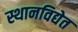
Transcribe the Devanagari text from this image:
स्थानविद्येत